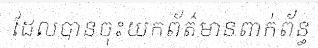
ដែលបានចុះយកព័ត៌មានពាក់ព័ន្ធ